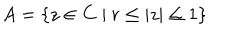
A = \left\{ z \in { \bf C } \ | \ r \le | z | \le 1 \right\}